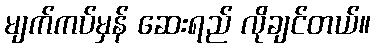
မျက်ကပ်မှန် ဆေးရည် လိုချင်တယ်။